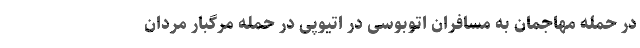
در حمله مهاجمان به مسافران اتوبوسی در اتیوپی در حمله مرگبار مردان